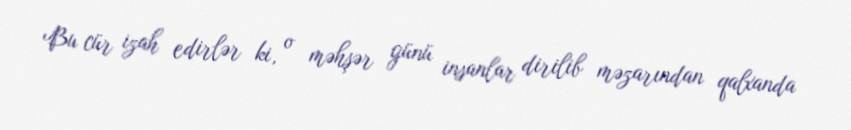
Bu cür izah edirlər ki, o məhşər günü insanlar dirilib məzarından qalxanda